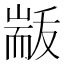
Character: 𮋟